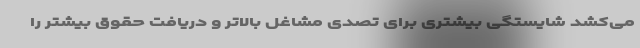
می‌کشد شایستگی بیشتری برای تصدی مشاغل بالاتر و دریافت حقوق بیشتر را